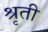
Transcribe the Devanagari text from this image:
श्रृती